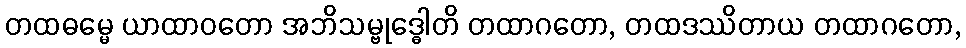
တထဓမ္မေ ယာထာဝတော အဘိသမ္ဗုဒ္ဓေါတိ တထာဂတော, တထဒဿိတာယ တထာဂတော,